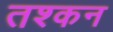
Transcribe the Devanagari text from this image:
तश्कन